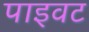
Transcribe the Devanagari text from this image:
पाइवट